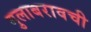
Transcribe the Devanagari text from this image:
गुलाबरावची